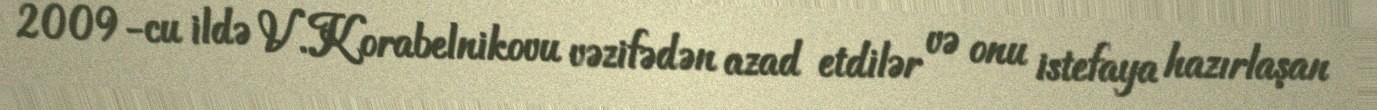
2009-cu ildə V.Korabelnikovu vəzifədən azad etdilər və onu istefaya hazırlaşan